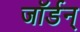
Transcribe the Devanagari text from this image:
जॉर्डन्